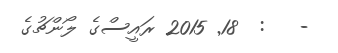
-   :  18